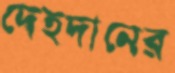
দেহদানের